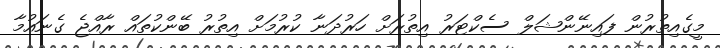
މީގެއިތުރުން ފައިނޭންޝަލް ސެކްޓަރު އިތުރަށް ހަރުދަނާ ކުރުމަށް އިތުރު ބޭންކުތައް ރާއްޖެ ގެނައުމާ